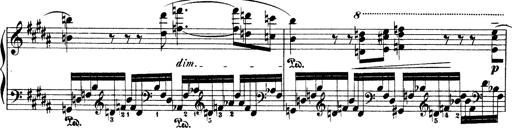
Title: Illustrations de l'opÃ©ra L'Africaine
Composer: Franz Liszt